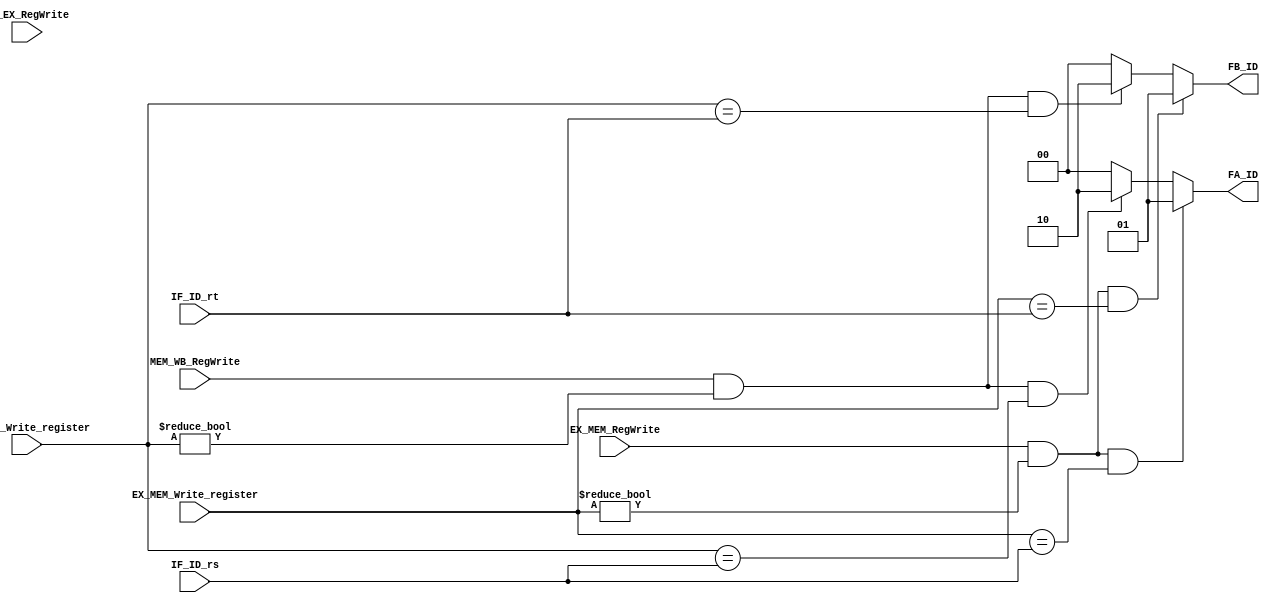
`timescale 1ns / 1ps

module Forward_ID (
         IF_ID_rs, IF_ID_rt,
         EX_MEM_Write_register, MEM_WB_Write_register,
         ID_EX_RegWrite, EX_MEM_RegWrite, MEM_WB_RegWrite,
         FA_ID, FB_ID
       );

input [4:0] IF_ID_rs, IF_ID_rt;
input [4:0] EX_MEM_Write_register, MEM_WB_Write_register;
input ID_EX_RegWrite, EX_MEM_RegWrite, MEM_WB_RegWrite;

output [1:0] FA_ID, FB_ID;

assign FA_ID = (EX_MEM_RegWrite && (EX_MEM_Write_register != 5'b0)
                && (EX_MEM_Write_register == IF_ID_rs))? 2'b01 :
       (MEM_WB_RegWrite && (MEM_WB_Write_register != 5'b0)
        && (MEM_WB_Write_register == IF_ID_rs))? 2'b10 : 2'b00;

assign FB_ID = (EX_MEM_RegWrite && (EX_MEM_Write_register != 5'b0)
                && (EX_MEM_Write_register == IF_ID_rt))? 2'b01 :
       (MEM_WB_RegWrite && (MEM_WB_Write_register != 5'b0)
        && (MEM_WB_Write_register == IF_ID_rt))? 2'b10 : 2'b00;

endmodule